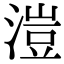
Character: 溰